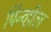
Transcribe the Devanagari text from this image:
पिन्व्हील